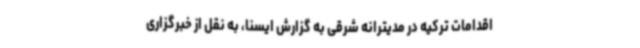
اقدامات ترکیه در مدیترانه شرقی به گزارش ایسنا، به نقل از خبرگزاری